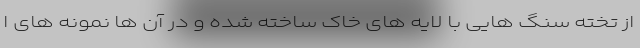
از تخته سنگ هایی با لایه های خاک ساخته شده و در آن ها نمونه های ا